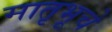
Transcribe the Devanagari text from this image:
मातृभूचे